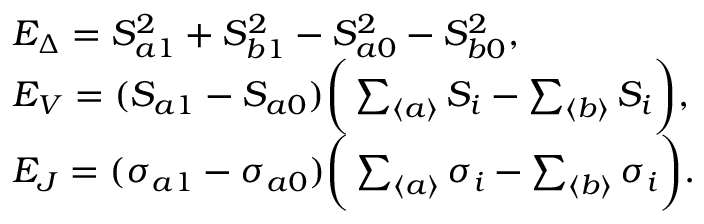
\begin{array} { r l } & { E _ { \Delta } = S _ { a 1 } ^ { 2 } + S _ { b 1 } ^ { 2 } - S _ { a 0 } ^ { 2 } - S _ { b 0 } ^ { 2 } , } \\ & { E _ { V } = ( S _ { a 1 } - S _ { a 0 } ) \bigg ( \sum _ { \langle a \rangle } S _ { i } - \sum _ { \langle b \rangle } S _ { i } \bigg ) , } \\ & { E _ { J } = ( \sigma _ { a 1 } - \sigma _ { a 0 } ) \bigg ( \sum _ { \langle a \rangle } \sigma _ { i } - \sum _ { \langle b \rangle } \sigma _ { i } \bigg ) . } \end{array}